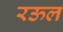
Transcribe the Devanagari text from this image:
रऊल